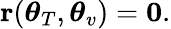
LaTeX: \begin{array}{r}{{\mathbf r}(\boldsymbol{\theta}_{T},\boldsymbol{\theta}_{v})={\mathbf 0}.}\end{array}